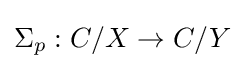
\Sigma _{p}:C/X\to C/Y